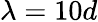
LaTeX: \lambda=10d